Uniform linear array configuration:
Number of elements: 32
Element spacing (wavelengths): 0.75
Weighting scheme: blackman
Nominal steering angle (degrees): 45
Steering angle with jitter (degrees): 45.228
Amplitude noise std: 0.05
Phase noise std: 0.05

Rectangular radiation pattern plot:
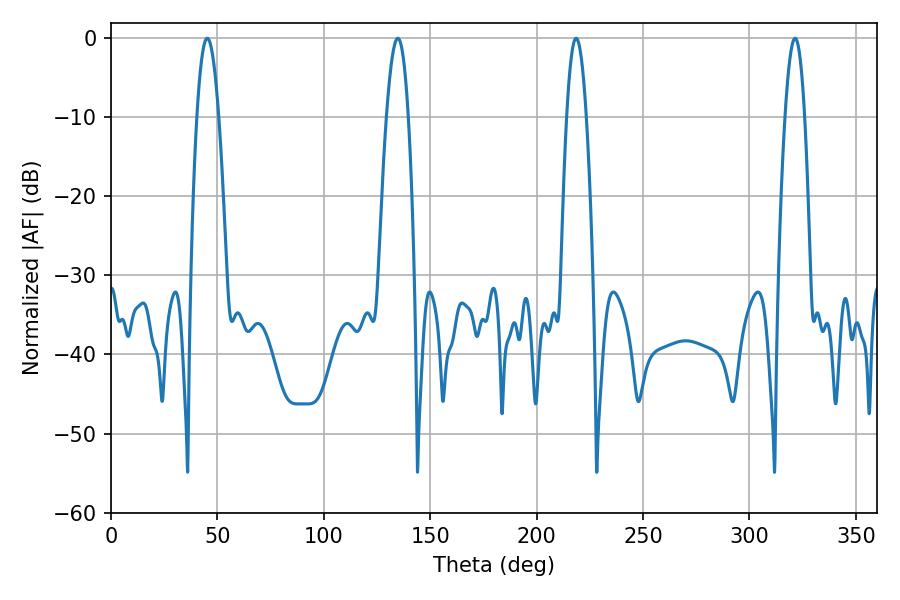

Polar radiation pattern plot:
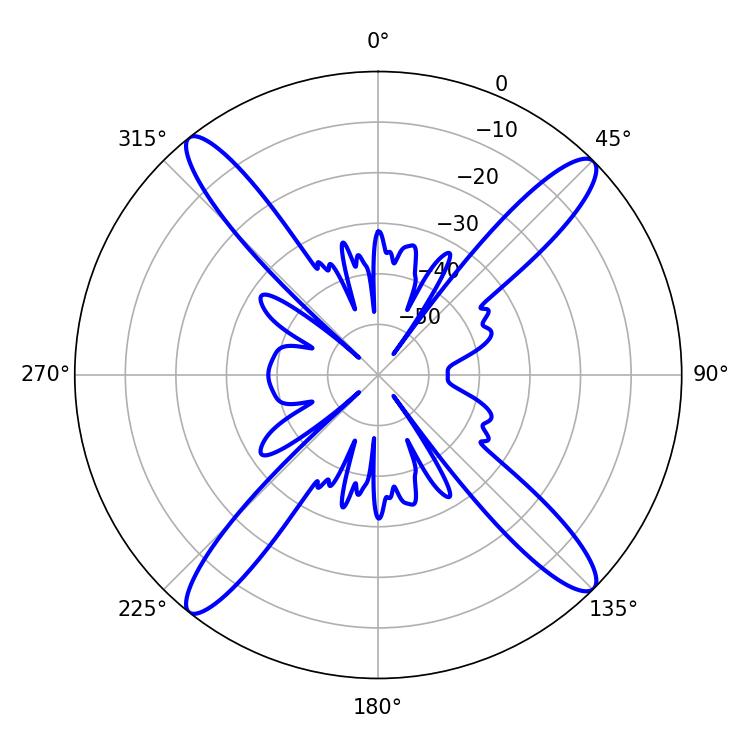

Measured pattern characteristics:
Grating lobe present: TRUE
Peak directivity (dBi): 17.974
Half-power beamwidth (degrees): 4.86
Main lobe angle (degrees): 218.52